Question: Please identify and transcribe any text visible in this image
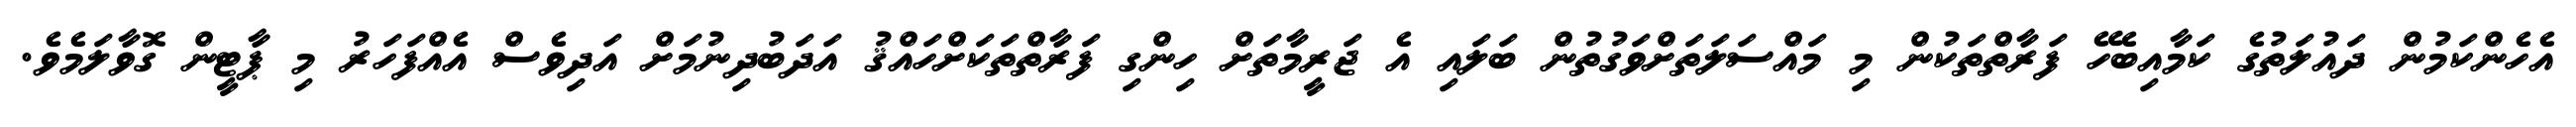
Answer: އެހެންކަމުން ދައުލަތުގެ ކަމާއިބެހޭ ފަރާތްތަކުން މި މައްސަލަތަށްވަގުތުން ބަލައި އެ ޖަރީމާތަށް ހިންގި ފަރާތްތަކަށްހައްޤު އަދަބުދިނުމަށް އަދިވެސް އެއްފަހަރު މި ޕާޓީން ގޮވާލަމެވެ.